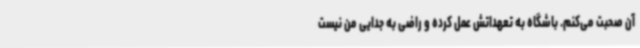
آن صحبت می‌کنم. باشگاه به تعهداتش عمل کرده و راضی به جدایی من نیست